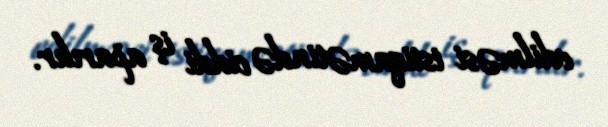
edilməsi istiqamətində ciddi iş aparılır.